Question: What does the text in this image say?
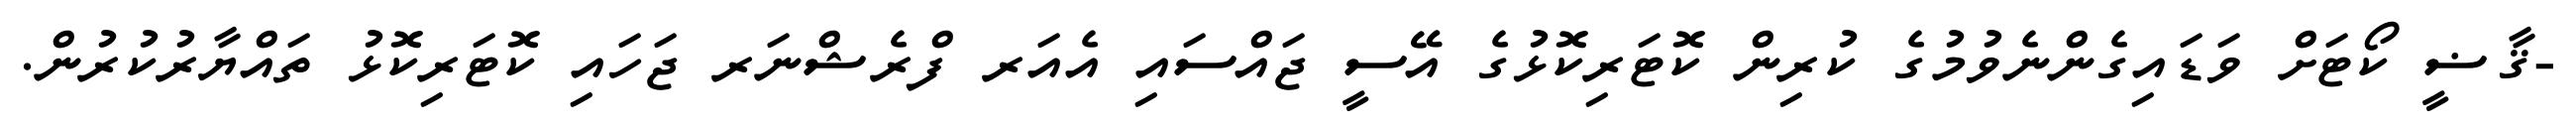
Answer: -ޤާޟީ ކޯޓަށް ވަޑައިގެންނެވުމުގެ ކުރިން ކޮޓަރިކޮޅުގެ އޭސީ ޖައްސައި އެއަރ ފްރެޝްނަރ ޖަހައި ކޮޓަރިކޮޅު ތައްޔާރުކުރުން.